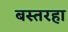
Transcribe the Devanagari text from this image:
बस्तरहा